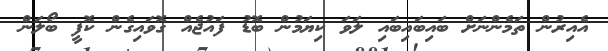
އެއިރުން ތަމެންނަށް ބައިބައިބައި ލަވަ ކިޔަމުން ބޮޑު ފައުޖެއް ގޮވައިގެން ކޮފީ ބޯލަން